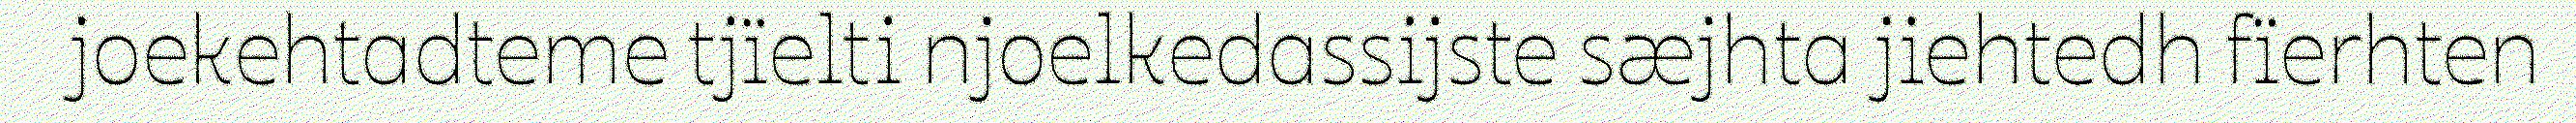
joekehtadteme tjïelti njoelkedassijste sæjhta jiehtedh fïerhten